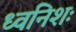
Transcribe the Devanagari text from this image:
ध्वनिशः